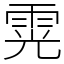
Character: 䨔